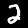
Digit: 2